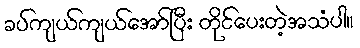
ခပ်ကျယ်ကျယ်အော်ပြီး တိုင်ပေးတဲ့အသံပါ။